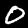
Label: 0